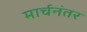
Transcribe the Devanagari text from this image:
मार्चनंतर